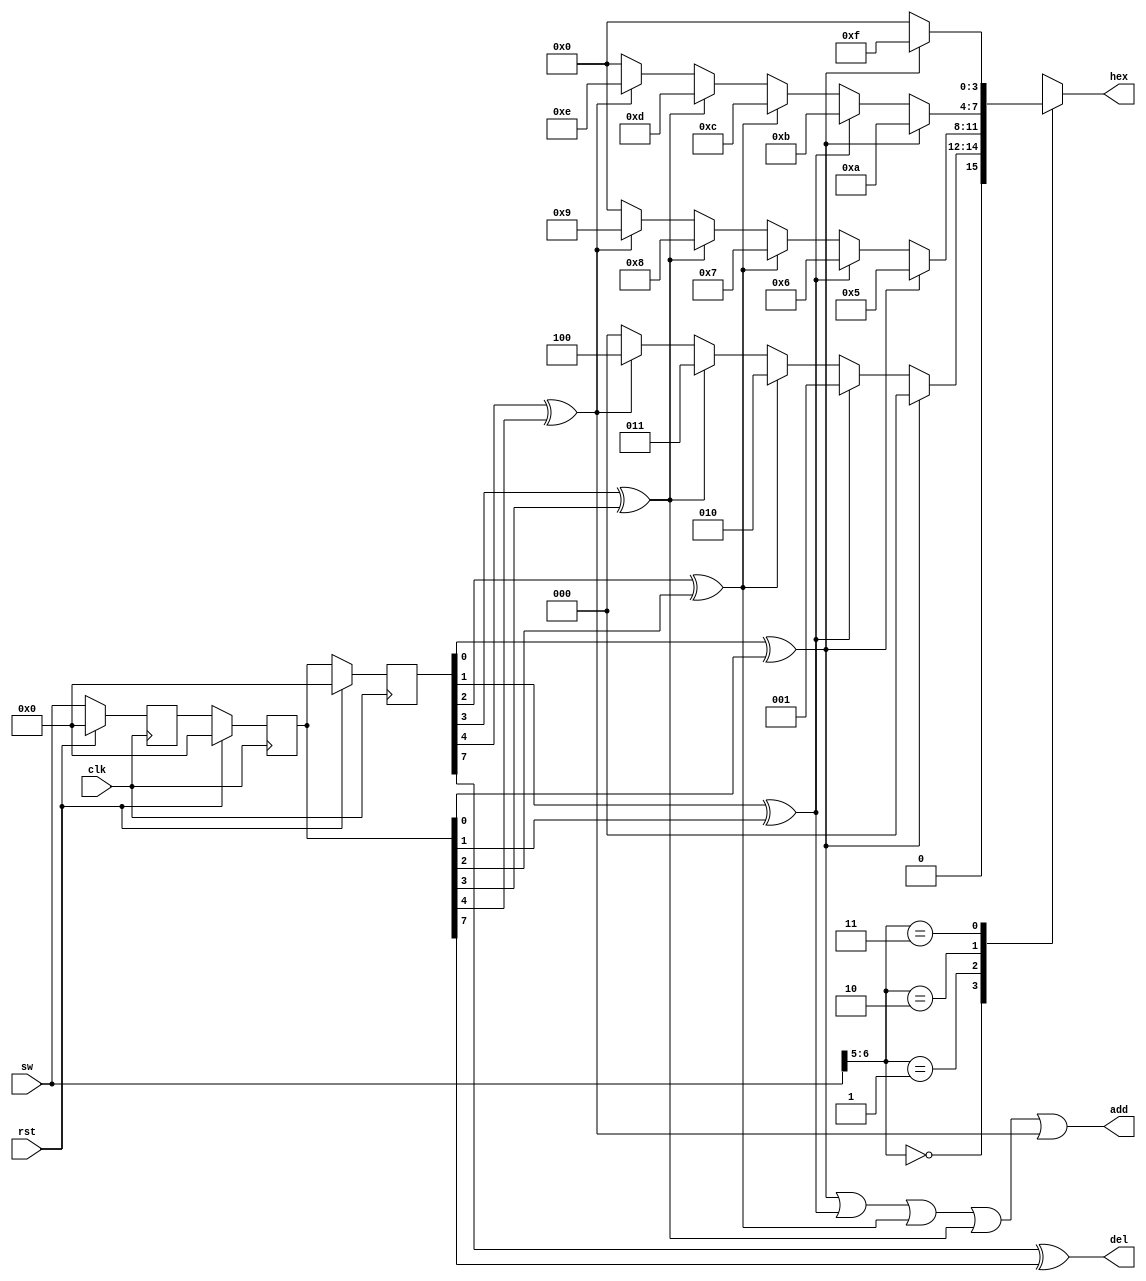
`timescale 1ns / 1ps

/* 
 *   Last update: 2023.04.02
 */

module Ded(
    input clk,
    input rst,

    input [7:0] sw,            // The switches 
    output reg [3:0] hex,      // The code
    output reg add,            // When any switches change, there will be a high-level pulse for one clock cycle.
    output reg del
);

    reg [7:0] sw_change;
    reg [7:0] sw_1, sw_2, sw_3;
    wire [1:0] sw_status;

    assign sw_status = sw[6:5];

    always @(posedge clk) begin
        if (rst) begin
            sw_1 <= 0;
            sw_2 <= 0;
            sw_3 <= 0;
        end
        else begin
            sw_1 <= sw;
            sw_2 <= sw_1;
            sw_3 <= sw_2;
        end
    end

    always @(*) begin
        sw_change[0] = (sw_3[0] ^ sw_2[0]);
        sw_change[1] = (sw_3[1] ^ sw_2[1]);
        sw_change[2] = (sw_3[2] ^ sw_2[2]);
        sw_change[3] = (sw_3[3] ^ sw_2[3]);
        sw_change[4] = (sw_3[4] ^ sw_2[4]);
        sw_change[5] = (sw_3[5] ^ sw_2[5]);
        sw_change[6] = (sw_3[6] ^ sw_2[6]);
        sw_change[7] = (sw_3[7] ^ sw_2[7]);
    end

    always @(*) begin
        hex = 0;
        case (sw_status)
            2'b00: begin 
                if (sw_change[0] == 1)
                    hex = 4'h0;
                else if (sw_change[1] == 1)
                    hex = 4'h1;
                else if (sw_change[2] == 1)
                    hex = 4'h2;
                else if (sw_change[3] == 1)
                    hex = 4'h3;
                else if (sw_change[4] == 1)
                    hex = 4'h4;
            end
            2'b01: begin 
                if (sw_change[0] == 1)
                    hex = 4'h5;
                else if (sw_change[1] == 1)
                    hex = 4'h6;
                else if (sw_change[2] == 1)
                    hex = 4'h7;
                else if (sw_change[3] == 1)
                    hex = 4'h8;
                else if (sw_change[4] == 1)
                    hex = 4'h9;
            end
            2'b10: begin
                if (sw_change[0] == 1)
                    hex = 4'ha;
                else if (sw_change[1] == 1)
                    hex = 4'hb;
                else if (sw_change[2] == 1)
                    hex = 4'hc;
                else if (sw_change[3] == 1)
                    hex = 4'hd;
                else if (sw_change[4] == 1)
                    hex = 4'he;
            end
            2'b11: begin
                if (sw_change[0] == 1)
                    hex = 4'hf;
                else
                    hex = 4'h0;
            end
        endcase
    end

    always @(*) begin
        add = sw_change[0] || sw_change[1] || sw_change[2] || sw_change[3] || sw_change[4];
        del = sw_change[7];
    end

endmodule